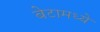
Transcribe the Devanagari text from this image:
बेटामध्ये